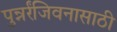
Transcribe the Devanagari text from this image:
पुन्नर्रंजिवनासाठी